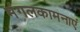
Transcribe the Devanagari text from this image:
मंगलकामनाएं